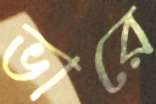
ভারে